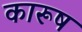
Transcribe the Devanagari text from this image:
कारूष